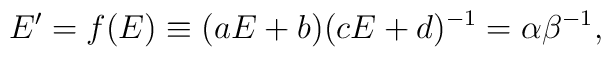
E' = f(E) \equiv (aE+b)(cE+d)^{-1} = \alpha \beta^{-1},